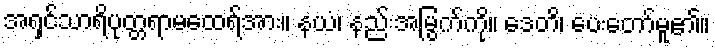
အရှင်သာရိပုတ္တရာမထေရ်အား။ နယံ၊ နည်းအမြွက်ကို။ ဒေတိ၊ ပေးတော်မူ၏။